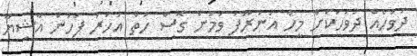
ދުވަހެއް ދުވަހަކަށް މީހާ އަނަރޫފަ ވަމުން ގޮސް ހަތް އަހަރު ފަހުން އާޝިޔާ